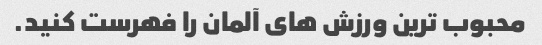
محبوب ترین ورزش های آلمان را فهرست کنید.